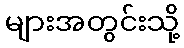
များအတွင်းသို့